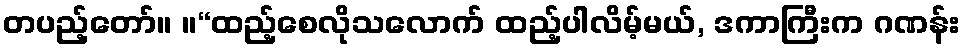
တပည့်တော်။ ။“ထည့်စေလိုသလောက် ထည့်ပါလိမ့်မယ်, ဒကာကြီးက ဂဏန်း